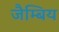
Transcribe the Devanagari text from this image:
जैम्बिय